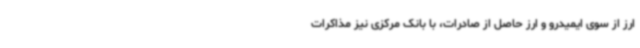
ارز از سوی ایمیدرو و ارز حاصل از صادرات، با بانک مرکزی نیز مذاکرات